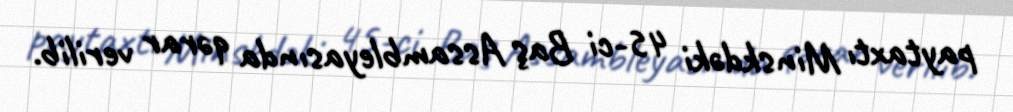
paytaxtı Minskdəki 45-ci Baş Assambleyasında qərar verilib.